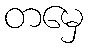
တမှေ